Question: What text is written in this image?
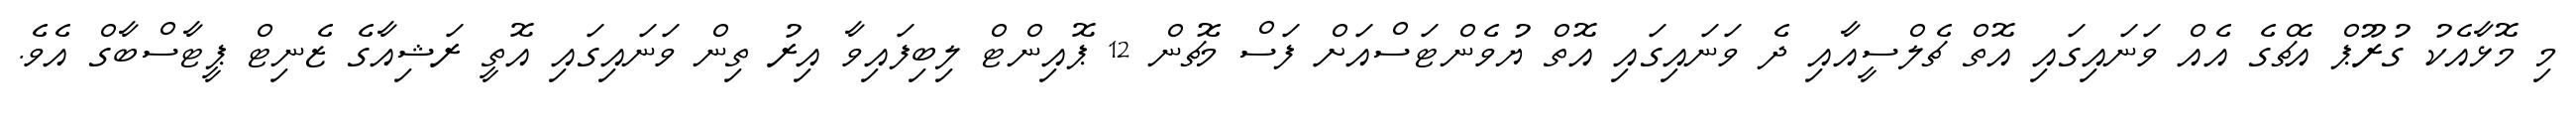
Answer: މި މޮޅާއެކު ގުރޫޕް އެޗްގެ އެއް ވަނައިގައި އޮތް ޗެލްސީއާއި ދެ ވަނައިގައި އޮތް ޔުވެންޓަސްއަށް ފަސް މެޗުން 12 ޕޮއިންޓް ލިބިފައިވާ އިރު ތިން ވަނައިގައި އޮތީ ރަޝިއާގެ ޒެނިޓް ޕީޓާސްބާގް އެވެ.